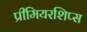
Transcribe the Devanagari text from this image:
प्रीमियरशिप्स